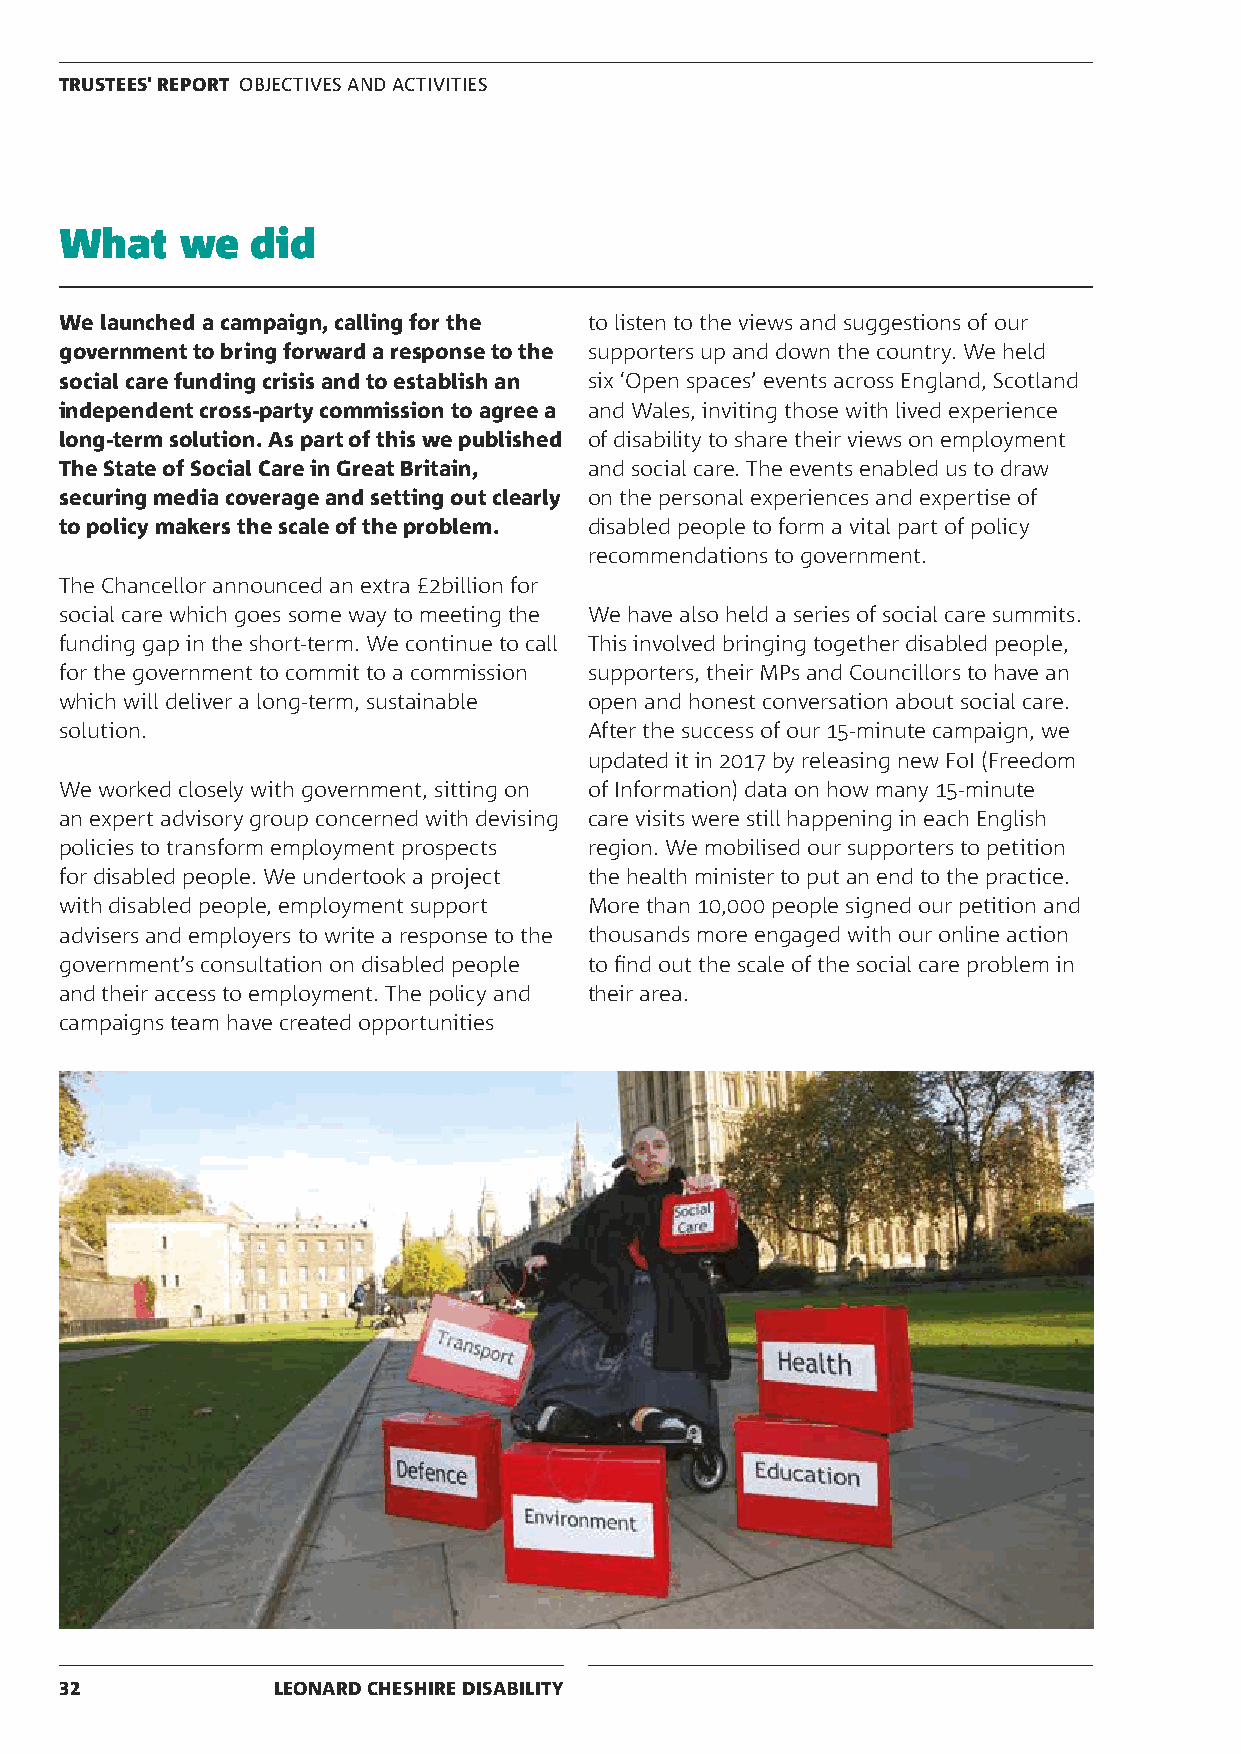
TRUSTEES' REPORT OBJECTIVES AND ACTIVITIES
 What    we   did
 We launched a campaign, calling for the to listen to the views and suggestions of our
 government to bring forward a response to the supporters up and down the country. We held
 social care funding crisis and to establish an six ‘Open spaces’ events across England, Scotland
 independent cross-party commission to agree a and Wales, inviting those with lived experience
 long-term solution. As part of this we published of disability to share their views on employment
 The State of Social Care in Great Britain, and social care. The events enabled us to draw
 securing media coverage and setting out clearly on the personal experiences and expertise of
 to policy makers the scale of the problem. disabled people to form a vital part of policy
 recommendations to government.
 The Chancellor announced an extra £2billion for
 social care which goes some way to meeting the We have also held a series of social care summits.
 funding gap in the short-term. We continue to call This involved bringing together disabled people,
 for the government to commit to a commission supporters, their MPs and Councillors to have an
 which will deliver a long-term, sustainable open and honest conversation about social care.
 solution.                          After the success of our 15-minute campaign, we
 updated it in 2017 by releasing new FoI (Freedom
 We worked closely with government, sitting on of Information) data on how many 15-minute
 an expert advisory group concerned with devising care visits were still happening in each English
 policies to transform employment prospects region. We mobilised our supporters to petition
 for disabled people. We undertook a project the health minister to put an end to the practice.
 with disabled people, employment support More than 10,000 people signed our petition and
 advisers and employers to write a response to the thousands more engaged with our online action
 government’s consultation on disabled people to find out the scale of the social care problem in
 and their access to employment. The policy and their area.
 campaigns team have created opportunities
 32            LEONARD CHESHIRE DISABILITY